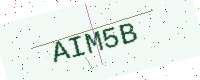
Text: AIM5B